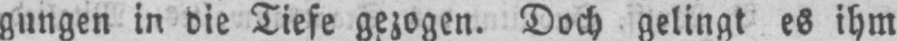
gungen in die Tiefe gezogen. Doch gelingt es ihm